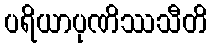
ပရိယာပုဏိဿသီတိ